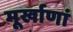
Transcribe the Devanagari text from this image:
मूर्खाणां